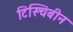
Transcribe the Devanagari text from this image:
टिस्चिबीन